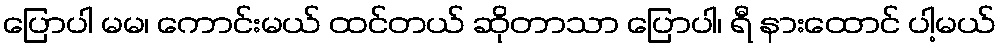
ပြောပါ မမ၊ ကောင်းမယ် ထင်တယ် ဆိုတာသာ ပြောပါ၊ ရီ နားထောင် ပါ့မယ်